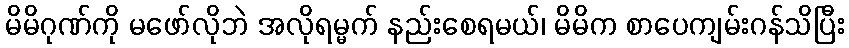
မိမိဂုဏ်ကို မဖော်လိုဘဲ အလိုရမ္မက် နည်းစေရမယ်၊ မိမိက စာပေကျမ်းဂန်သိပြီး